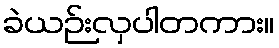
ခဲယဉ်းလှပါတကား။